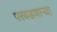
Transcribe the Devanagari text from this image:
परवडणाऱ्या